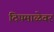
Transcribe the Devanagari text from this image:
दिपमाळेवर